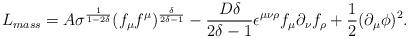
LaTeX: \begin{align*}L_{mass}= A \sigma^{\frac{1}{1-2\delta }} (f_{\mu} f^{\mu})^{\frac{\delta }{2\delta -1}} -\frac{D \delta }{2\delta -1}\epsilon^{\mu \nu \rho } f_{\mu } \partial_{\nu } f_{\rho }+\frac{1}{2} (\partial_{\mu } \phi )^2.\end{align*}